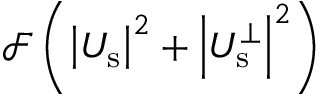
\mathcal { F } \left( { \left| U _ { \mathrm { s } } \right| } ^ { 2 } + \left| U _ { \mathrm { s } } ^ { \perp } \right| ^ { 2 } \right)